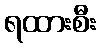
ရထားစီး